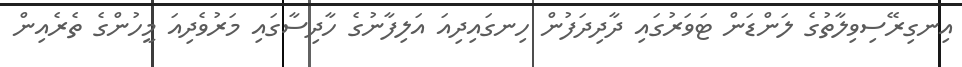
އިނގިރޭސިވިލާތުގެ ލަންޑަން ޓަވަރުގައި ދާދިދަފުން ހިނގައިދިއަ އަލިފާނުގެ ހާދިސާގައި މަރުވެދިއަ މީހުންގެ ތެރެއިން